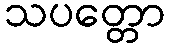
သပတ္တော